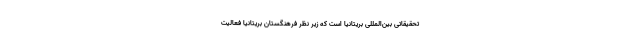
تحقیقاتی بین‌المللی بریتانیا است که زیر نظر فرهنگستان بریتانیا فعالیت